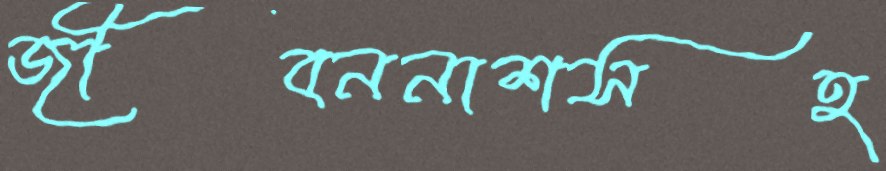
জীবননাশসহ